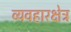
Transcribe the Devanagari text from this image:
व्यवहारक्षेत्र